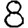
Digit: 8